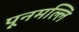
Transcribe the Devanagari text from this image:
पूनमल्लि